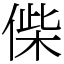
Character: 偨